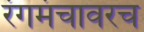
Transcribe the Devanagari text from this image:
रंगमंचावरच